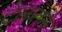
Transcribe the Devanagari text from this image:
टेलराने